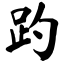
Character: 趵